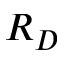
R _ { D }